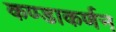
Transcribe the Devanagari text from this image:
कण्डाकर्णन